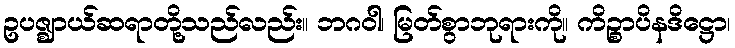
ဥပဇ္ဈာယ်ဆရာတို့သည်လည်း။ ဘဂဝါ၊ မြတ်စွာဘုရားကို။ ကိဉ္စာပိနဒိဋ္ဌော၊